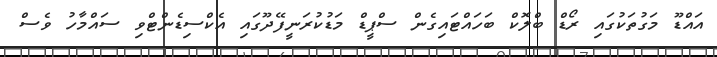
އައްޑޫ މަގުތަކުގައި ރޯޑް ބްލޮކް ބަހައްޓައިގެން ސްޕީޑް މަޑުކުރަނީފޭދޫގައި އެކްސިޑެންޓްވި ސައްމާހު ވެސް